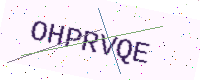
Text: OHPRVQE